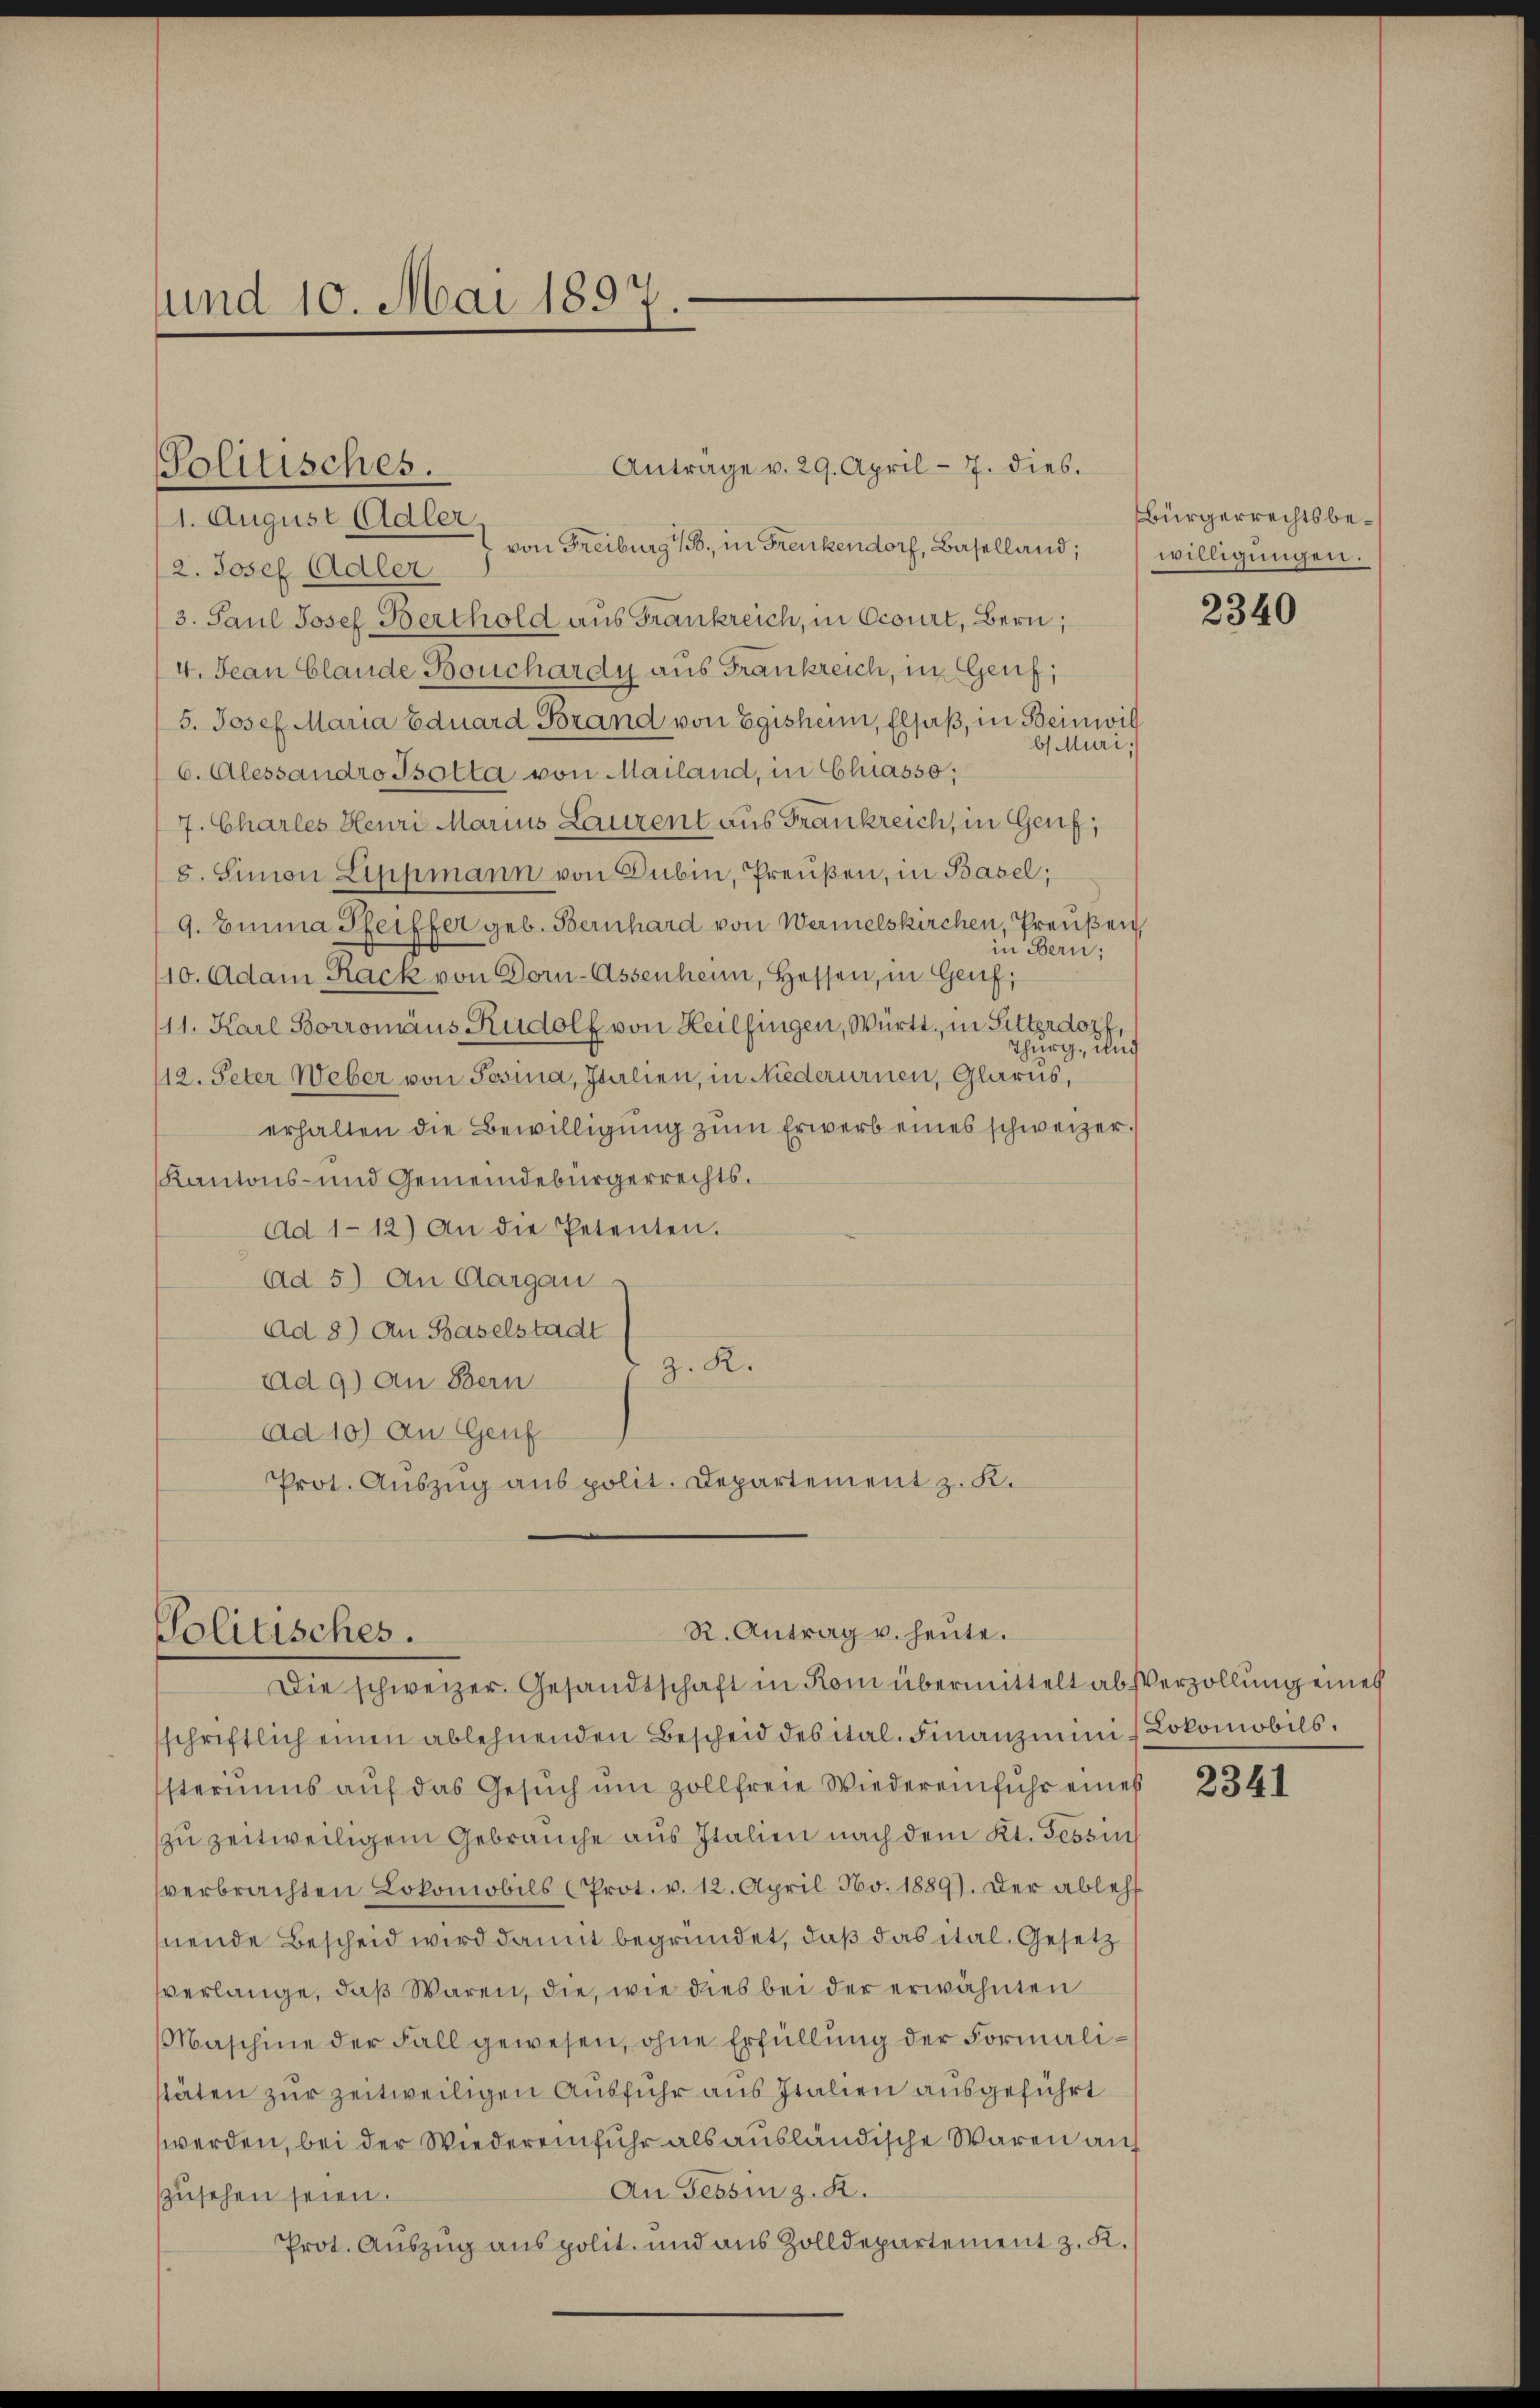
und 10. Mai 1897.

Solitisches.
1. August Adler von Freiburg 18, in Frenkendorf, Baselland;
2. Josef Adler
3. Paul Josef Berthold aus Frankreich, in Ocourt, Bern;
4. Jean Claude Bouchardy aus Frankreich, in Genf;
5. Josef Maria Eduard Brand von Egisheim, Elsaß, in Beinwil
b Muri,
6. Alessandro Isolta von Mailand, in Chiasso;
7. Charles Henri Marius Laurent aus Frankreich, in Genf,
8. Simon Lippmann von Gubin, Preußen, in Basel;
9. Einna Pfeiffer geb. Bernhard von Wermelskirchen, Preußen,
in Bern,
110. Adam Rack von Dorn-Assenheim, Hessen, in Genf,
11. Karl Borromäus Rudolf von Heilfingen, Württ. in Sitterdorf,
Thurg, und
12. Peter Weber von Posina, Italien, in Niederurnen, Glarus,
erhalten die Bewilligung zŭm Erwerb eines schweizer.
Kantons- und Gemeindebürgerrechts.
Ad 1-12) An die Petenten.
Ad 5) An Aargau
Ad 8) An Baselstadt
z. R.
Ad 9) an Bern
Ad 10) An Genf
Prot. Auszug aus polit. Departement z. K.

Antrage v. 29. April - 7. dies.

R. Antrag u. heute.
Politisches.

Die schweizer. Gesandtschaft in Rom übermittelt absverzollung eines
sschriftlich einen ablehnenden Bescheid des ital. Finanzmini (Lokomobils.
steriums auf das Gesuch um Zollfreie Wiedereinfuhr eines
zu zeitweiligem Gebrauche aus Italien nach dem Kt. Tessins
verbrachten Lokomobils (Prot. v. 12. April Nbv. 1889). Der ableh
nende Bescheid wird damit begründet, daß das ital. Gesetz
verlange, daß Waren, die, wie dies bei der erwähnten
Maschine der Fall gewesen, ohne Erfüllung der Formalitäten zur zeitweiligen Ausfuhr aus Italien ausgeführt
werden, bei der Wiedereinfuhr als ausländische Waren auf
An Tessin z. R.
zusehen seien.
Prot. Auszug aus polit. und aus Zolldepartement z. K.

Bürgerrechtsbewilligungen.

2340

2341